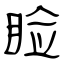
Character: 睑